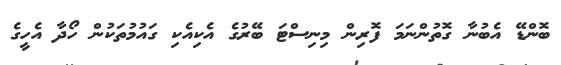
ބޮންޑޭ އެބުނާ ގޮތުންނަމަ ފޮރިން މިނިސްޓަ ބޭރުގެ އެކިއެކި ގައުމުތަކުން ހޯދާ އެހީގެ